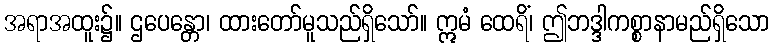
အရာအထူး၌။ ဌပေန္တော၊ ထားတော်မူသည်ရှိသော်။ ဣမံ ထေရိံ၊ ဤဘဒ္ဒါကစ္စာနာမည်ရှိသော